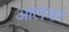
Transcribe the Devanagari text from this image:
आलवर